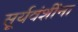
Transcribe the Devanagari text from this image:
सूर्यवंशींना